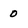
Character: 0